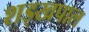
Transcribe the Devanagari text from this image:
शड्खपाल